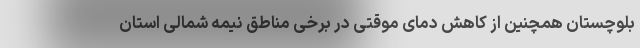
بلوچستان همچنین از کاهش دمای موقتی در برخی مناطق نیمه شمالی استان